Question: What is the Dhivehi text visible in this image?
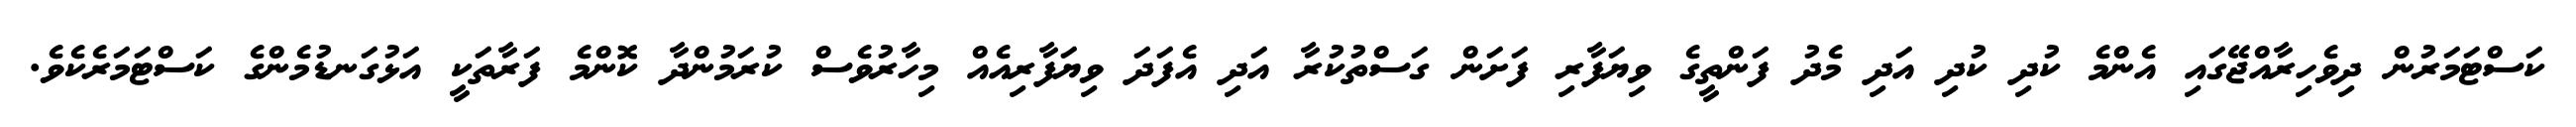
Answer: ކަސްޓަމަރުން ދިވެހިރާއްޖޭގައި އެންމެ ކުދި ކުދި އަދި މެދު ފަންތީގެ ވިޔަފާރި ފަށަން ގަސްތުކުރާ އަދި އެފަދަ ވިޔަފާރިއެއް މިހާރުވެސް ކުރަމުންދާ ކޮންމެ ފަރާތަކީ އަޅުގަނޑުމެންގެ ކަސްޓަމަރެކެވެ.